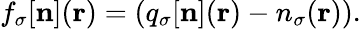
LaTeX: f_{\sigma}[{\mathbf n}]({\mathbf r})=\left(q_{\sigma}[{\mathbf n}]({\mathbf r})-n_{\sigma}({\mathbf r})\right).